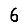
Digit: 6